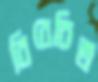
বিবেচিত